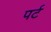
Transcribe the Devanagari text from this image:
पर्ट